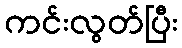
ကင်းလွတ်ပြီး